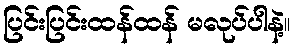
ပြင်းပြင်းထန်ထန် မလုပ်ပါနဲ့။